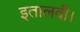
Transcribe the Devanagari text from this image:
इतालवी।